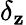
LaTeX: \delta_{\mathbf{z}}